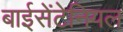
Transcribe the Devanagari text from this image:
बाईसेंटेनियल